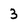
Character: 3